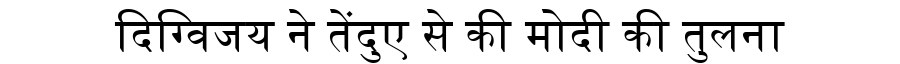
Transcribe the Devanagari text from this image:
दिग्विजय ने तेंदुए से की मोदी की तुलना